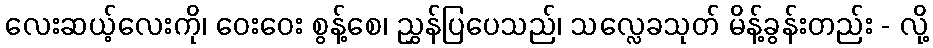
လေးဆယ့်လေးကို၊ ဝေးဝေး စွန့်စေ၊ ညွှန်ပြပေသည်၊ သလ္လေခသုတ် မိန့်ခွန်းတည်း - လို့